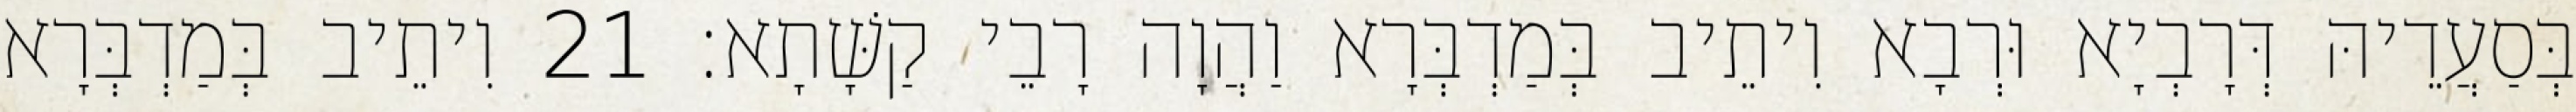
בְּסַעֲדֵיהּ דְּרָבְיָא וּרְבָא וִיתֵיב בְּמַדְבְּרָא וַהֲוָה רָבֵי קַשָּׁתָא׃ 21 וִיתֵיב בְּמַדְבְּרָא